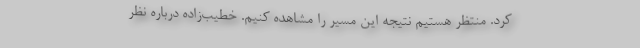
کرد. منتظر هستیم نتیجه این مسیر را مشاهده کنیم. خطیب‌زاده درباره نظر